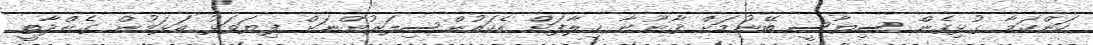
ކަންކަމާ ގުޅިގެން ސިޔާސީ ބޭނުމަށް ޤާނޫނާ ޚިލާފަށް އެކައުންސިލަރުންނަށް ފިޔަވަޅު އަޅަމުން ގެންދާތީ